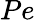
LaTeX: Pe